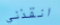
انقذني